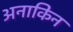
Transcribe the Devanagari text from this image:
अनाकिन